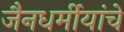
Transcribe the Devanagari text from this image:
जैनधर्मीयांचे